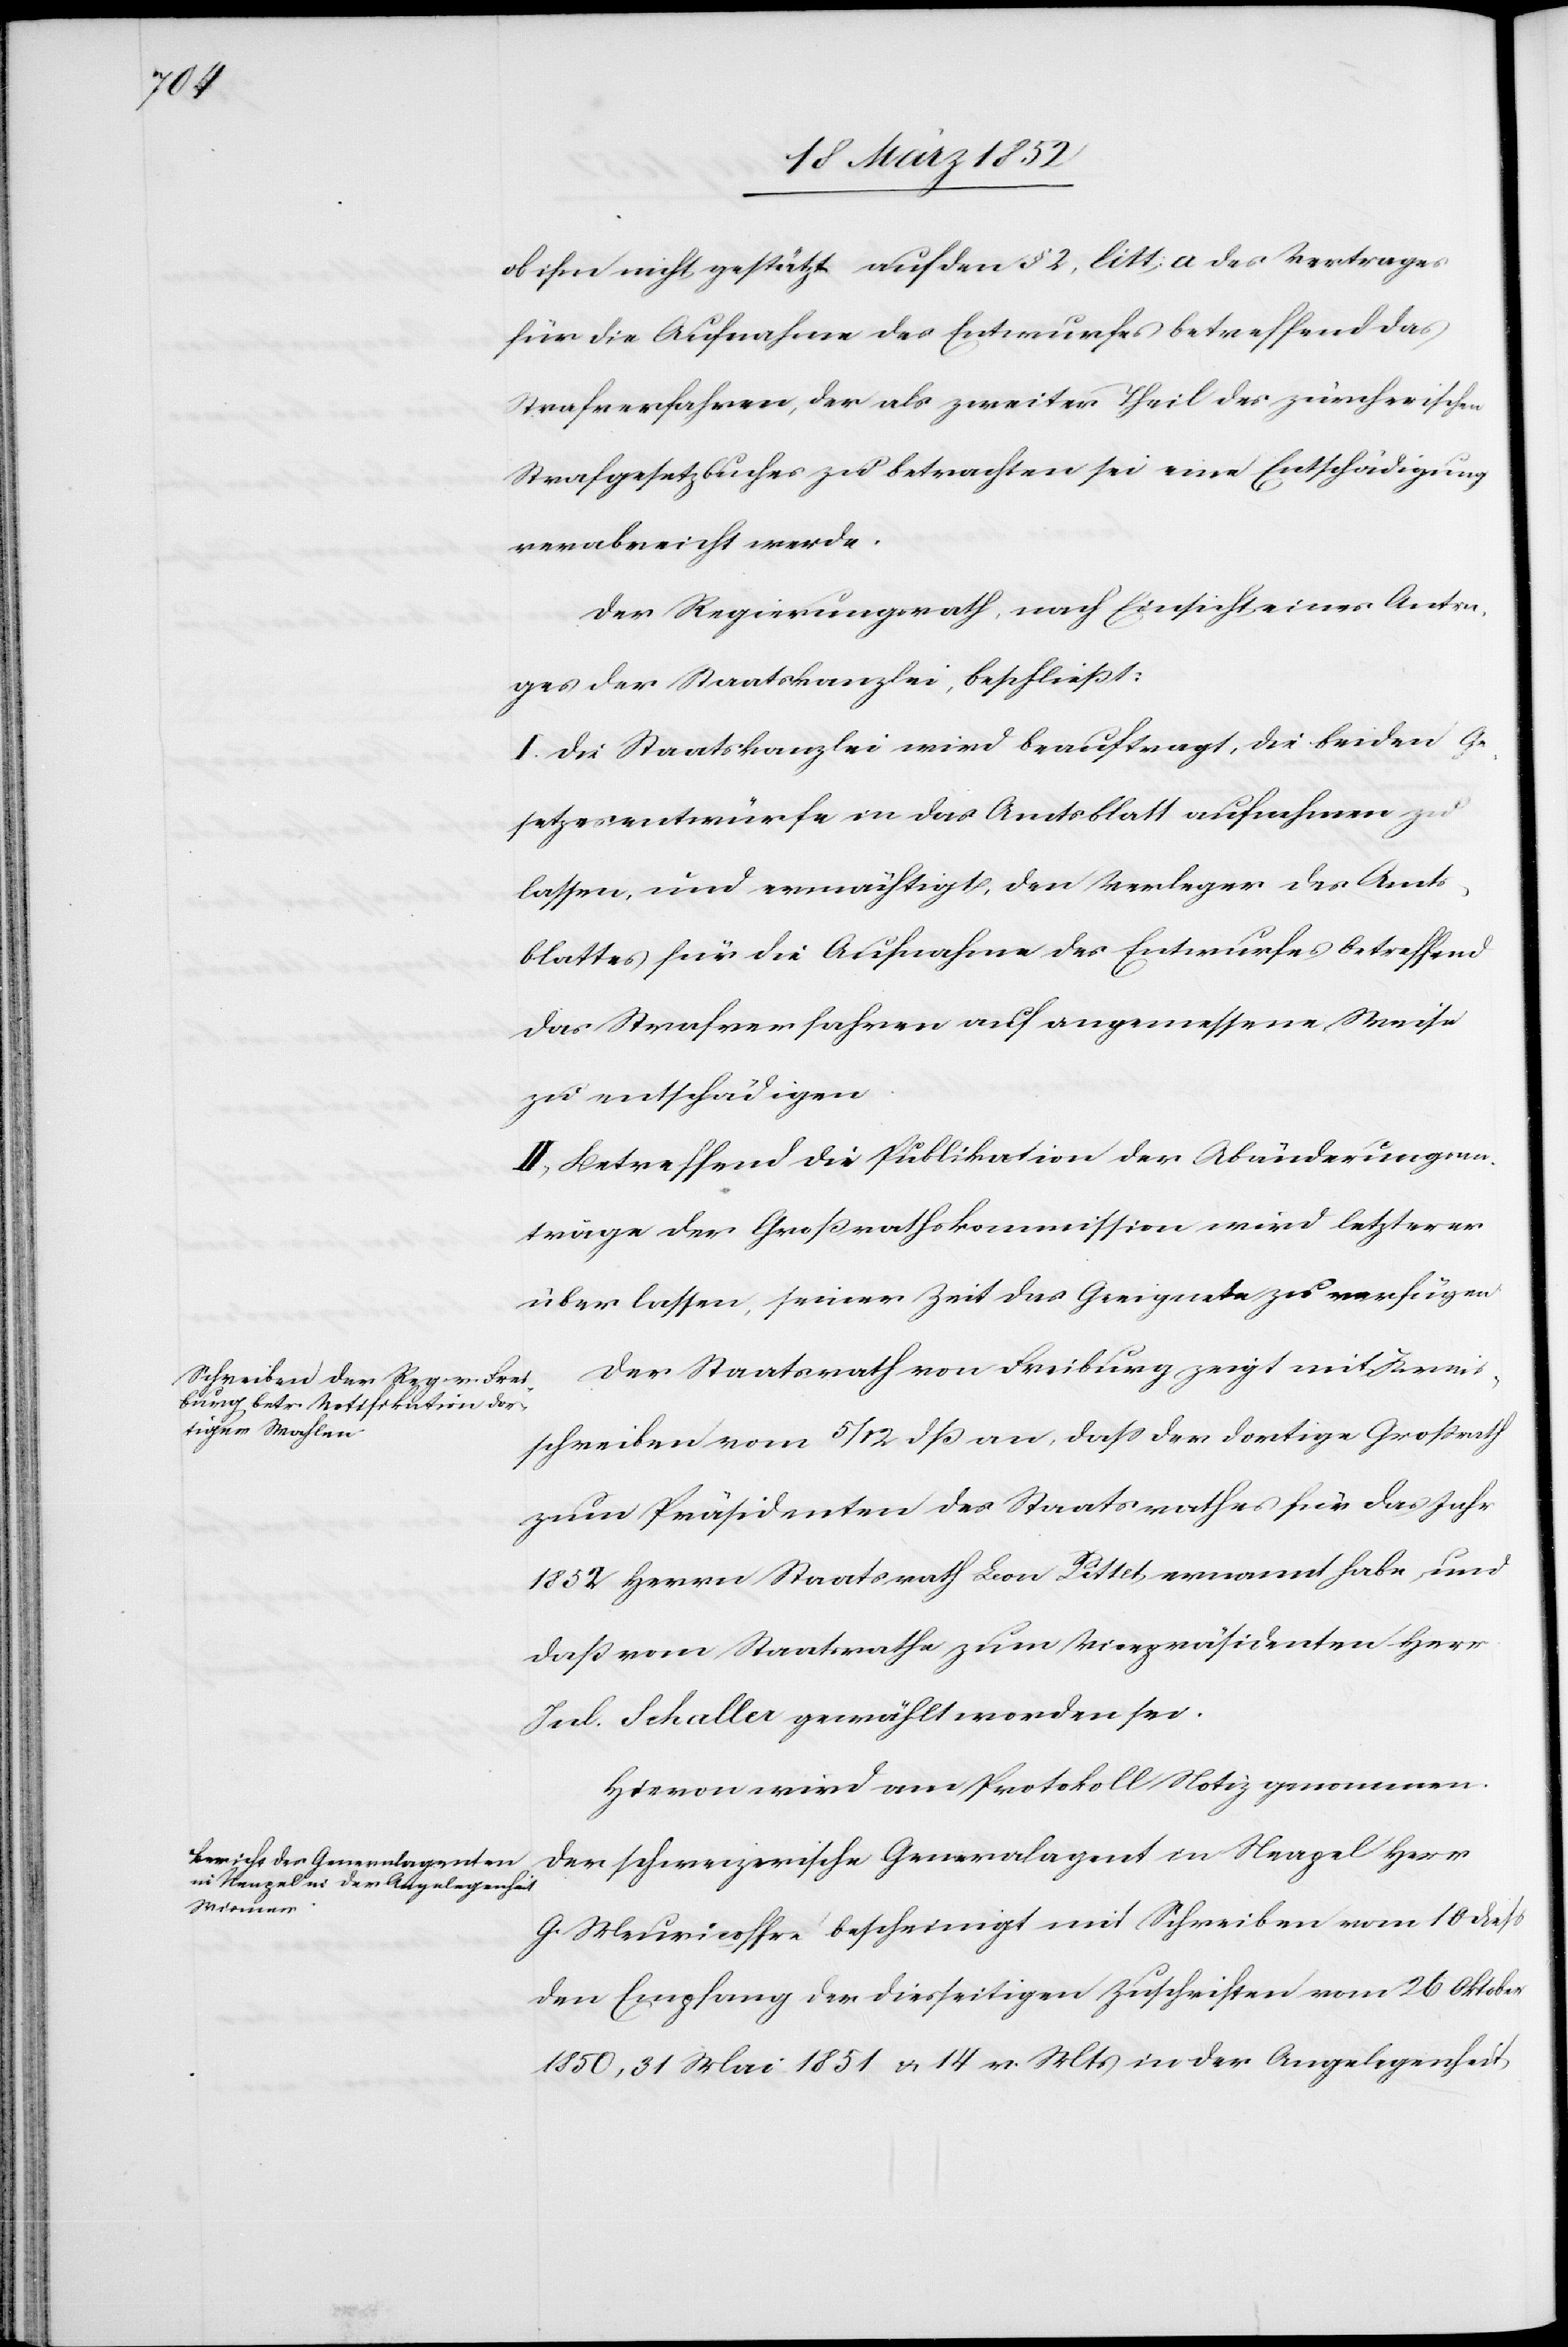
ob ihm nicht gestützt auf den § 2, litt: a des Vertrages
für die Aufnahme des Entwurfes betreffend das
Strafverfahren, der als zweiter Teil des zürcherischen
Strafgesetzbuches zu betrachten sei eine Entschädigung
verabreicht werde.
Der Regierungsrath, nach Einsicht eines Antra¬
ges der Staatskanzlei, beschließt:
I. Die Staatskanzlei wird beauftragt, die beiden Ge¬
setzesentwürfe in das Amtsblatt aufnehmen zu
lassen, und ermächtigt, den Verleger des Amts¬
blattes für die Aufnahme des Entwurfes betreffend
das Strafverfahren auf angemessene Weise
zu entschädigen.
II. Betreffend die Publikation der Abänderungsan¬
träge der Großrathskommission wird letzterer
überlassen, seiner Zeit das Geeignete zu verfügen.
Der Staatsrath von Freiburg zeigt mit Kreis¬
schreiben vom 5/12 dß an, daß der dortige Großrath
zum Präsidenten des Staatsrathes für das Jahr
1852 Herrn Staatsrath Leon Pittet ernannt habe und
daß vom Staatsrathe zum Vicepräsidenten Herr
Jul. Schaller gewählt worden sei.
Der schweizerische Generalagent in Neapel Herr
G. Meuricoffer bescheinigt mit Schreiben vom 10 dieß
den Empfang der diesseitigen Zuschriften vom 26 Oktober
1850, 31 Mai 1851 u. 14. v. Mts in der Angelegenheit